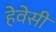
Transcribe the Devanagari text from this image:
हेवेसी